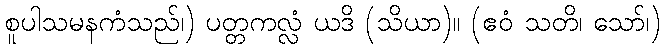
စူပါသမနကံသည်၊) ပတ္တကလ္လံ ယဒိ (သိယာ)။ (ဧဝံ သတိ၊ သော်၊)